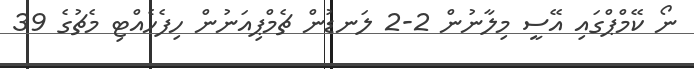
ނޯ ކޭމްޕްގައި އޭސީ މިލާނުން 2-2 ލަނޑުން ޗެމްޕިއަނުން ހިފެހެއްޓި މެޗުގެ 39